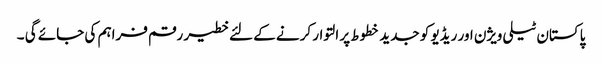
پاکستان ٹیلی ویژن اور ریڈیو کو جدید خطوط پر التوار کرنے کے لئے خطیر رقم فراہم کی جائے گی ۔